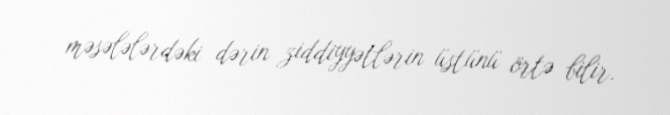
məsələlərdəki dərin ziddiyyətlərin üstünü örtə bilir.